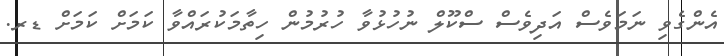
އެންގެވި ނަމަވެސް އަދިވެސް ސްކޫލް ނުހުޅުވާ ހުރުމުން ހިތާމަކުރައްވާ ކަމަށް ކަމަށް ޑރ.